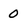
Character: 0